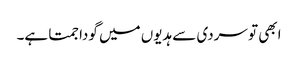
ابھی تو سردی سے ہدیوں میں گودا جمتا ہے۔